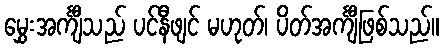
မွှေးအင်္ကျီသည် ပင်နီဖျင် မဟုတ်၊ ပိတ်အင်္ကျီဖြစ်သည်။